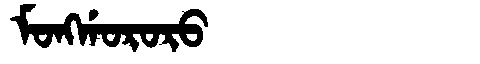
Manchu: ᠮᠣᠩᡤᠣᡵᠣᡵᠣ
Romanization: MONGGORORO